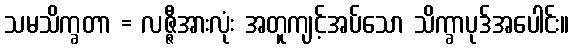
သမသိက္ခတာ = လဇ္ဇီအားလုံး အတူကျင့်အပ်သော သိက္ခာပုဒ်အပေါင်း။